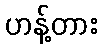
ဟန့်တား